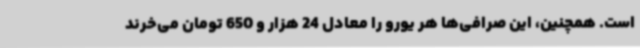
است. همچنین، این صرافی‌ها هر یورو را معادل 24 هزار و 650 تومان می‌خرند